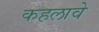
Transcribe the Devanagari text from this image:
कहलावे